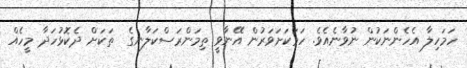
ހަމަހިލާ އެހެންނަކުން ނުވާނެއެވެ. ހަމަކަށަވަރުން އޭނާވީ ތިމަންރަސްކަލާނގެ  ތަކަށް ދެކޮޅުހަދާ މީހެއް